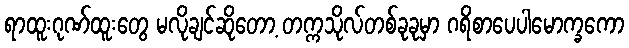
ရာထူးဂုဏ်ထူးတွေ မလိုချင်ဆိုတော့ တက္ကသိုလ်တစ်ခုခုမှာ ဂရိစာပေပါမောက္ခကော